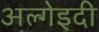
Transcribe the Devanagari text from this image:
अल्गेइदी